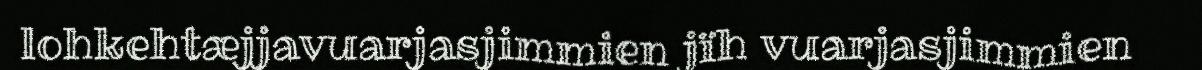
lohkehtæjjavuarjasjimmien jïh vuarjasjimmien